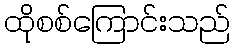
ထိုစစ်ကြောင်းသည်